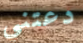
دعتني